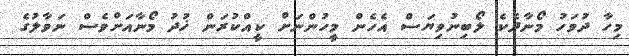
މިހާ ދުވަހު މޯނާދެކެ ލޯބިނުވިޔަސް އެހެން މީހުންނަށް ކީއްކުރަން ޚުދު މޯނާއަށްވެސް ނަވާލުގެ